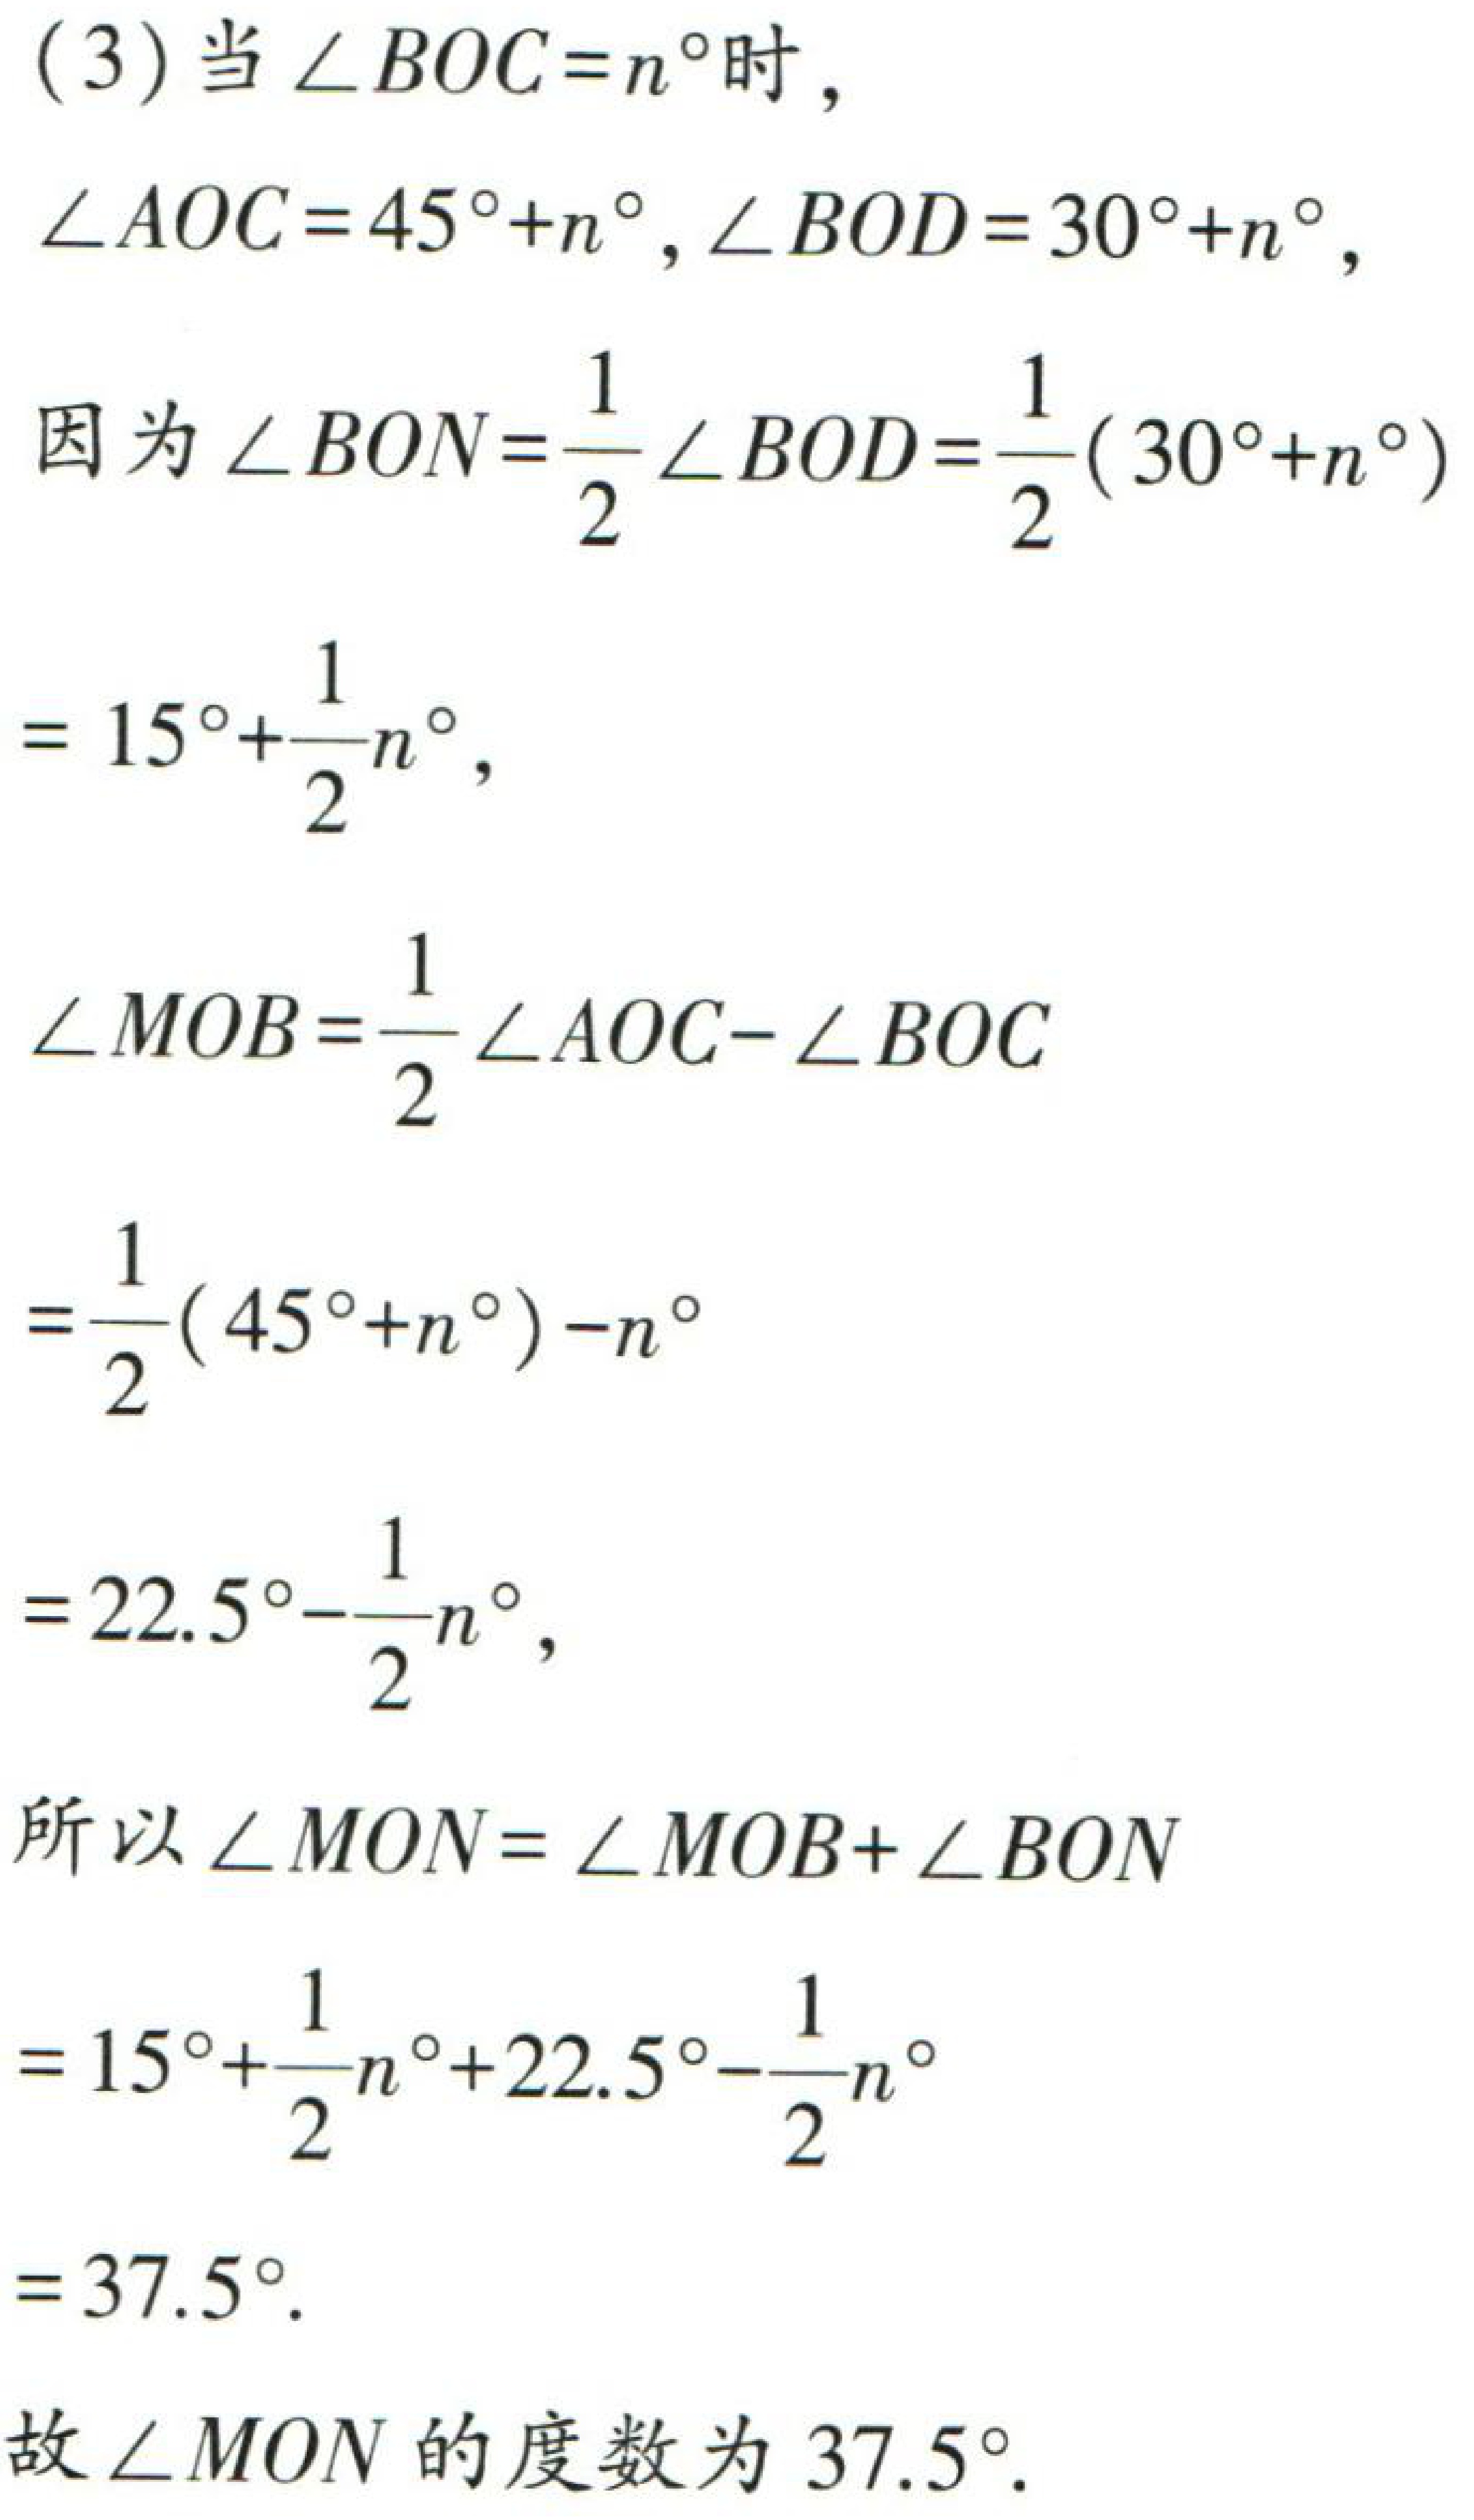
(3) 当\(\angle BOC = n^{\circ}\)时，

\(\angle AOC = 45^{\circ}+n^{\circ}, \angle BOD = 30^{\circ}+n^{\circ}\)，

因为\(\angle BON=\frac{1}{2}\angle BOD=\frac{1}{2}(30^{\circ}+n^{\circ})\)

\(= 15^{\circ}+\frac{1}{2}n^{\circ}\)，

\(\angle MOB=\frac{1}{2}\angle AOC - \angle BOC\)

\(=\frac{1}{2}(45^{\circ}+n^{\circ}) - n^{\circ}\)

\(=22.5^{\circ}-\frac{1}{2}n^{\circ}\)，

所以\(\angle MON=\angle MOB + \angle BON\)

\(=15^{\circ}+\frac{1}{2}n^{\circ}+22.5^{\circ}-\frac{1}{2}n^{\circ}\)

\(=37.5^{\circ}\).

故\(\angle MON\)的度数为\(37.5^{\circ}\).